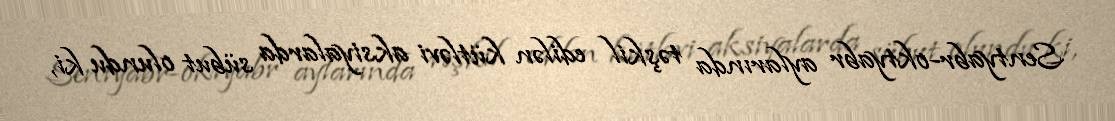
Sentyabr-oktyabr aylarında təşkil edilən kütləvi aksiyalarda sübut olundu ki,